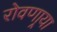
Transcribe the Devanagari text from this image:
रोवणार्‍या